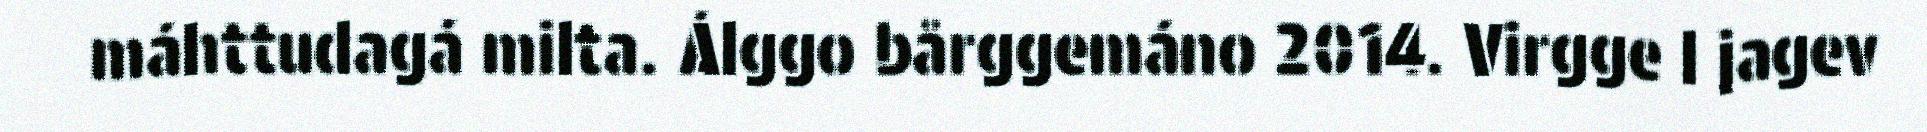
máhttudagá milta. Álggo bårggemáno 2014. Virgge l jagev